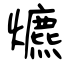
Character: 爊